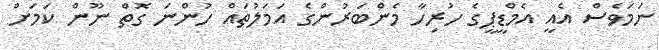
ނަމަވެސް އެއީ އެމްޑީޕީގެ ހުރިހާ މެންބަރުންގެ އަމަލުތައް ހުންނަ ގޮތް ނޫން ކަމަށް